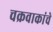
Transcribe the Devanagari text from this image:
चक्रवाकांचे